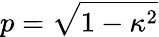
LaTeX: p=\sqrt{1-{\kappa}^{2}}